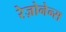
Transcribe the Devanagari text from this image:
रेज़ोनेन्स